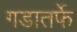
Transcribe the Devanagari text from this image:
गडातर्फे